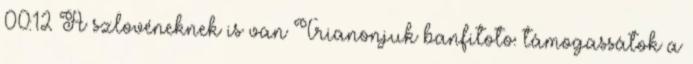
00:12 A szlovéneknek is van Trianonjuk banfitoto: támogassátok a